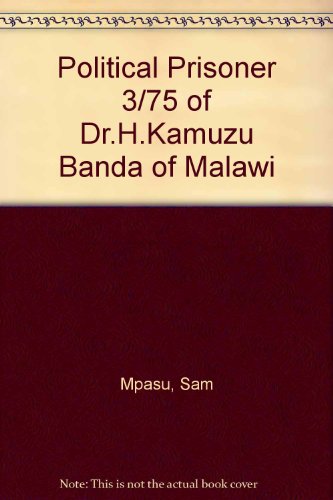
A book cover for Political Prisoner 3/75 of Dr.H.Kamuzu Banda of Malawi; Sam Mpasu; Travel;